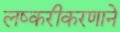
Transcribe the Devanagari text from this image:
लष्करीकरणाने